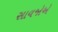
સાવજોએ